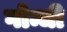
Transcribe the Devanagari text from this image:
गोन्धी